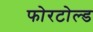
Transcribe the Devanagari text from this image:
फोरटोल्‍ड